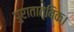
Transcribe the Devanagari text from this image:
पुरातात्विक।